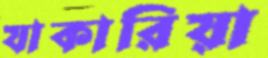
যাকারিয়া